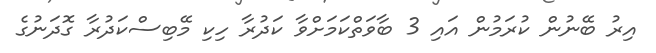
އިރު ބޭނުން ކުރަމުން އައި 3 ބާވަތްކަމަށްވާ ކަދުރާ ހިކި މޭބިސްކަދުރާ ގޮދަނުގެ